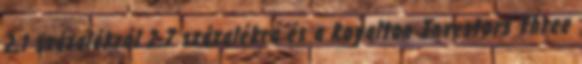
2,1 százalékról 2,7 százalékra és a Royalton Investors Three